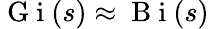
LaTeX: \mathrm{~G~i~}(s)\approx\mathrm{~B~i~}(s)